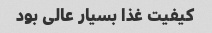
کیفیت غذا بسیار عالی بود